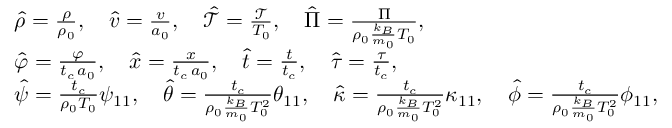
\begin{array} { r l } & { \hat { \rho } = \frac { \rho } { \rho _ { 0 } } , \quad \hat { v } = \frac { v } { a _ { 0 } } , \quad \hat { \mathcal { T } } = \frac { \mathcal { T } } { T _ { 0 } } , \quad \hat { \Pi } = \frac { \Pi } { \rho _ { 0 } \frac { k _ { B } } { m _ { 0 } } T _ { 0 } } , } \\ & { \hat { \varphi } = \frac { \varphi } { t _ { c } \, a _ { 0 } } , \quad \hat { x } = \frac { x } { t _ { c } \, a _ { 0 } } , \quad \hat { t } = \frac { t } { t _ { c } } , \quad \hat { \tau } = \frac { \tau } { t _ { c } } , } \\ & { \hat { \psi } = \frac { t _ { c } } { \rho _ { 0 } T _ { 0 } } \psi _ { 1 1 } , \quad \hat { \theta } = \frac { t _ { c } } { \rho _ { 0 } \frac { k _ { B } } { m _ { 0 } } T _ { 0 } ^ { 2 } } \theta _ { 1 1 } , \quad \hat { \kappa } = \frac { t _ { c } } { \rho _ { 0 } \frac { k _ { B } } { m _ { 0 } } T _ { 0 } ^ { 2 } } \kappa _ { 1 1 } , \quad \hat { \phi } = \frac { t _ { c } } { \rho _ { 0 } \frac { k _ { B } } { m _ { 0 } } T _ { 0 } ^ { 2 } } \phi _ { 1 1 } , \quad } \end{array}